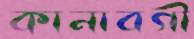
কানাবগী